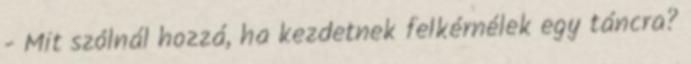
- Mit szólnál hozzá, ha kezdetnek felkérnélek egy táncra?